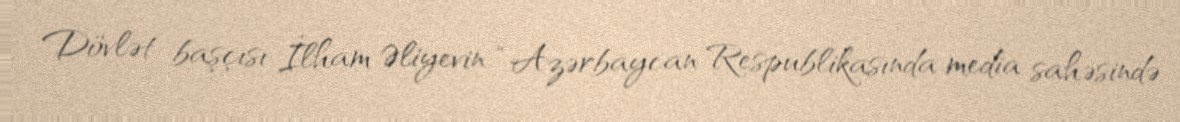
Dövlət başçısı İlham Əliyevin “Azərbaycan Respublikasında media sahəsində